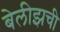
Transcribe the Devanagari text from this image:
बेलीझची